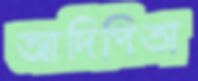
আদিপিতা